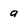
Character: 9